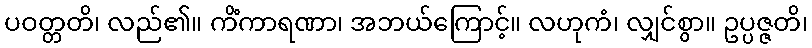
ပဝတ္တတိ၊ လည်၏။ ကိံကာရဏာ၊ အဘယ်ကြောင့်။ လဟုကံ၊ လျှင်စွာ။ ဥပ္ပဇ္ဇတိ၊